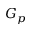
G _ { p }